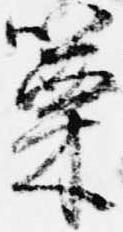
篥